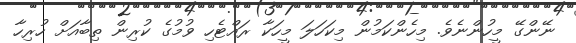
ނޭންގޭ މީހުންނެވެ. މިހެންކަމުން މިކަހަލަ މީހަކާ ރައްޓެހި ވުމުގެ ކުރިން ތިބާއަށް ހުރިހާ